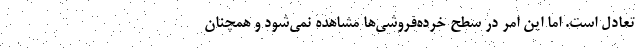
تعادل است. اما این امر در سطح خرده‌فروشی‌ها مشاهده نمی‌شود و همچنان